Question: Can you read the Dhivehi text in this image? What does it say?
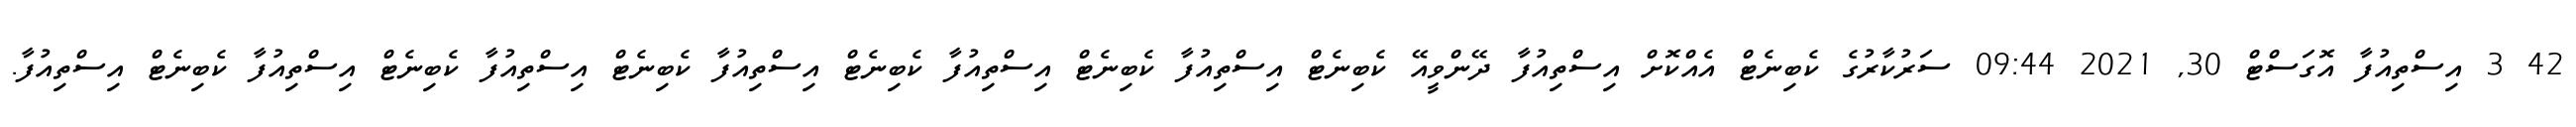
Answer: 42 3 އިސްތިއުފާ އޮގަސްޓް 30, 2021 09:44 ސަރުކާރުގެ ކެބިނެޓް އެއްކޮށް އިސްތިއުފާ ދޭންވީއޭ ކެބިނެޓް އިސްތިއުފާ ކެބިނެޓް އިސްތިއުފާ ކެބިނެޓް އިސްތިއުފާ ކެބިނެޓް އިސްތިއުފާ ކެބިނެޓް އިސްތިއުފާ ކެބިނެޓް އިސްތިއުފާ.